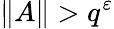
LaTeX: \| A\| >q^{\varepsilon}